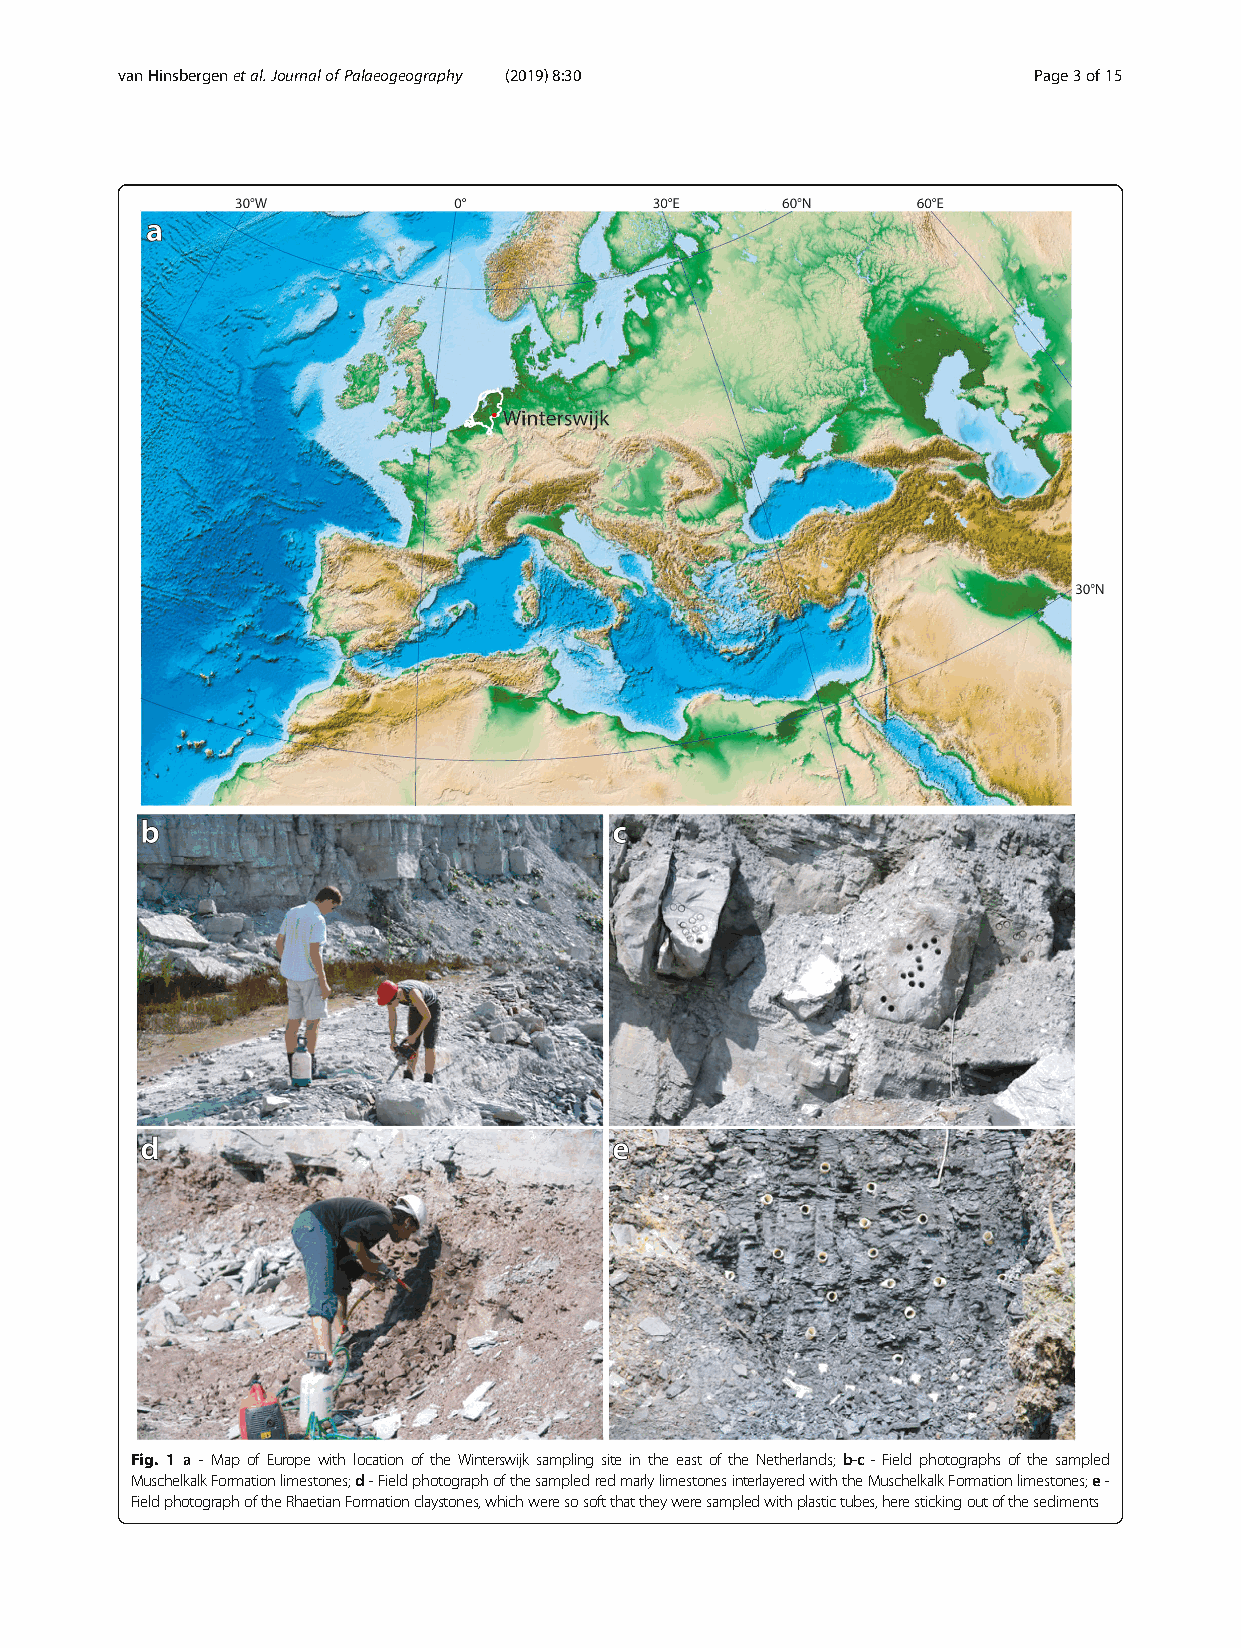
vanHinsbergenetal.JournalofPalaeogeography (2019) 8:30      Page3of15
 Fig. 1 a - Map of Europe with location of the Winterswijk sampling site in the east of the Netherlands; b-c - Field photographs of the sampled
 MuschelkalkFormationlimestones;d-FieldphotographofthesampledredmarlylimestonesinterlayeredwiththeMuschelkalkFormationlimestones;e-
 FieldphotographoftheRhaetianFormationclaystones,whichweresosoftthattheyweresampledwithplastictubes,herestickingoutofthesediments